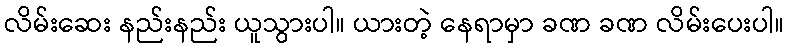
လိမ်းဆေး နည်းနည်း ယူသွားပါ။ ယားတဲ့ နေရာမှာ ခဏ ခဏ လိမ်းပေးပါ။